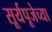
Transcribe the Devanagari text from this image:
सूर्यपूजेच्या